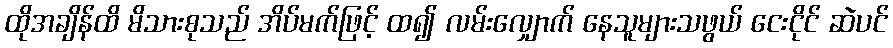
ထိုအချိန်ထိ မိသားစုသည် အိပ်မက်ဖြင့် ထ၍ လမ်းလျှောက် နေသူများသဖွယ် ငေးငိုင် ဆဲပင်